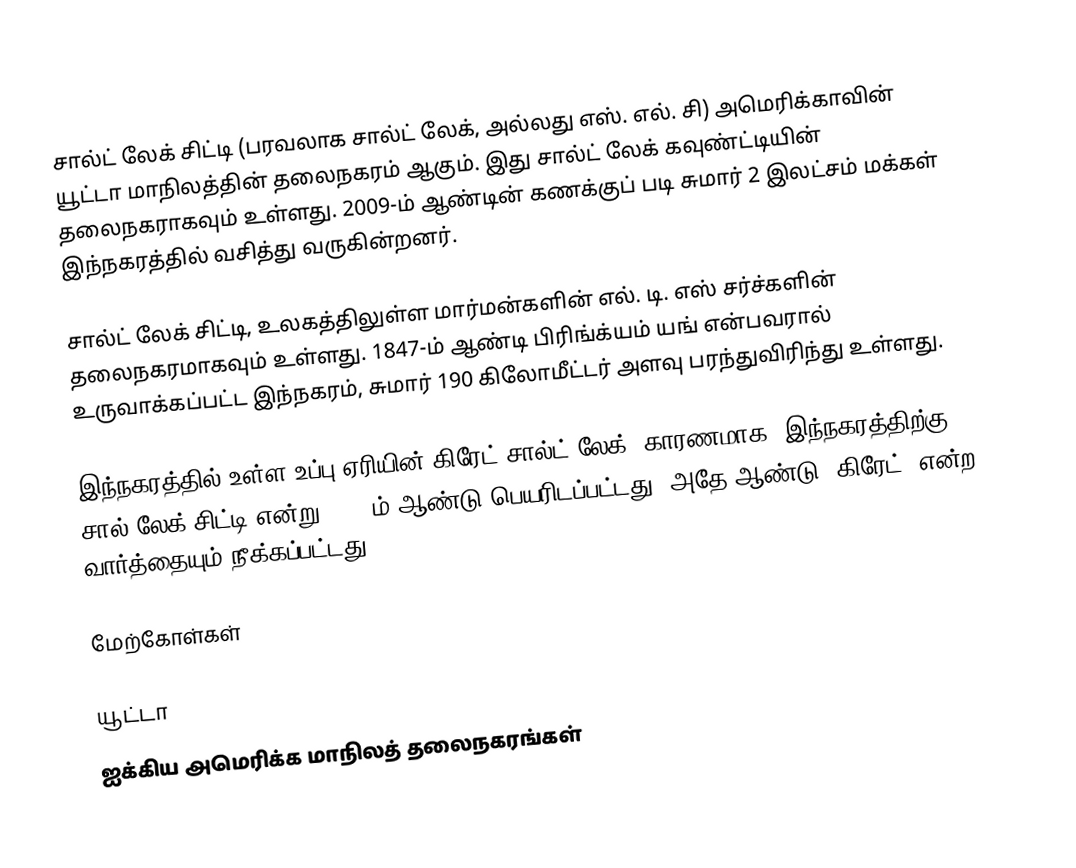
சால்ட் லேக் சிட்டி (பரவலாக சால்ட் லேக், அல்லது எஸ். எல். சி) அமெரிக்காவின் யூட்டா மாநிலத்தின் தலைநகரம் ஆகும். இது சால்ட் லேக் கவுண்ட்டியின் தலைநகராகவும் உள்ளது. 2009-ம் ஆண்டின் கணக்குப் படி சுமார் 2 இலட்சம் மக்கள் இந்நகரத்தில் வசித்து வருகின்றனர்.

சால்ட் லேக் சிட்டி, உலகத்திலுள்ள மார்மன்களின்  எல். டி. எஸ் சர்ச்களின் தலைநகரமாகவும் உள்ளது. 1847-ம் ஆண்டி பிரிங்க்யம் யங் என்பவரால் உருவாக்கப்பட்ட இந்நகரம், சுமார் 190 கிலோமீட்டர் அளவு பரந்துவிரிந்து உள்ளது.

இந்நகரத்தில் உள்ள உப்பு ஏரியின்(கிரேட் சால்ட் லேக்) காரணமாக, இந்நகரத்திற்கு சால் லேக் சிட்டி என்று 1868-ம் ஆண்டு பெயரிடப்பட்டது, அதே ஆண்டு 'கிரேட்' என்ற வார்த்தையும் நீக்கப்பட்டது.

மேற்கோள்கள்

யூட்டா
ஐக்கிய அமெரிக்க மாநிலத் தலைநகரங்கள்